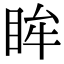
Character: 眸